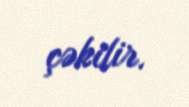
çəkilir.